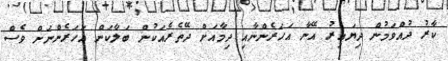
ކާރު ދުއްވަމުން ދިޔައިރު އޭނާ އަހަރެންނާއި ދިމާއަށް ދޭތެރެއަކުން ބަލާކަން އަހަރެންނަށް ވެސް